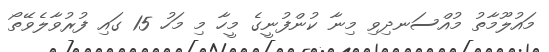
މައުލޫމާތު މުއްސަނދިވި މިނާ ކުންފުނީގެ މީހާ މި މަހު 15 ގައި ފުރުވާލެވޭތޯ